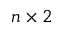
n \times 2